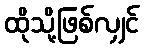
ထိုသို့ဖြစ်လျှင်